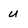
Character: u